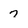
Character: 7